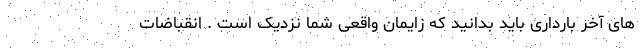
های آخر بارداری باید بدانید که زایمان واقعی شما نزدیک است . انقباضات